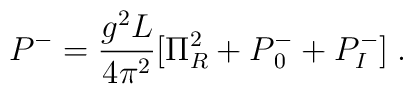
P^- = {g^2L \over 4 \pi^2} [ \Pi^2_R + P{_0 ^-} + P_I^-]\; .